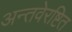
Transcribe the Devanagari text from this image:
अन्तवेरष्टित